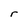
Character: r